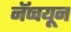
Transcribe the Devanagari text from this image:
नॅप्चयून